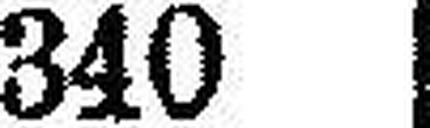
340